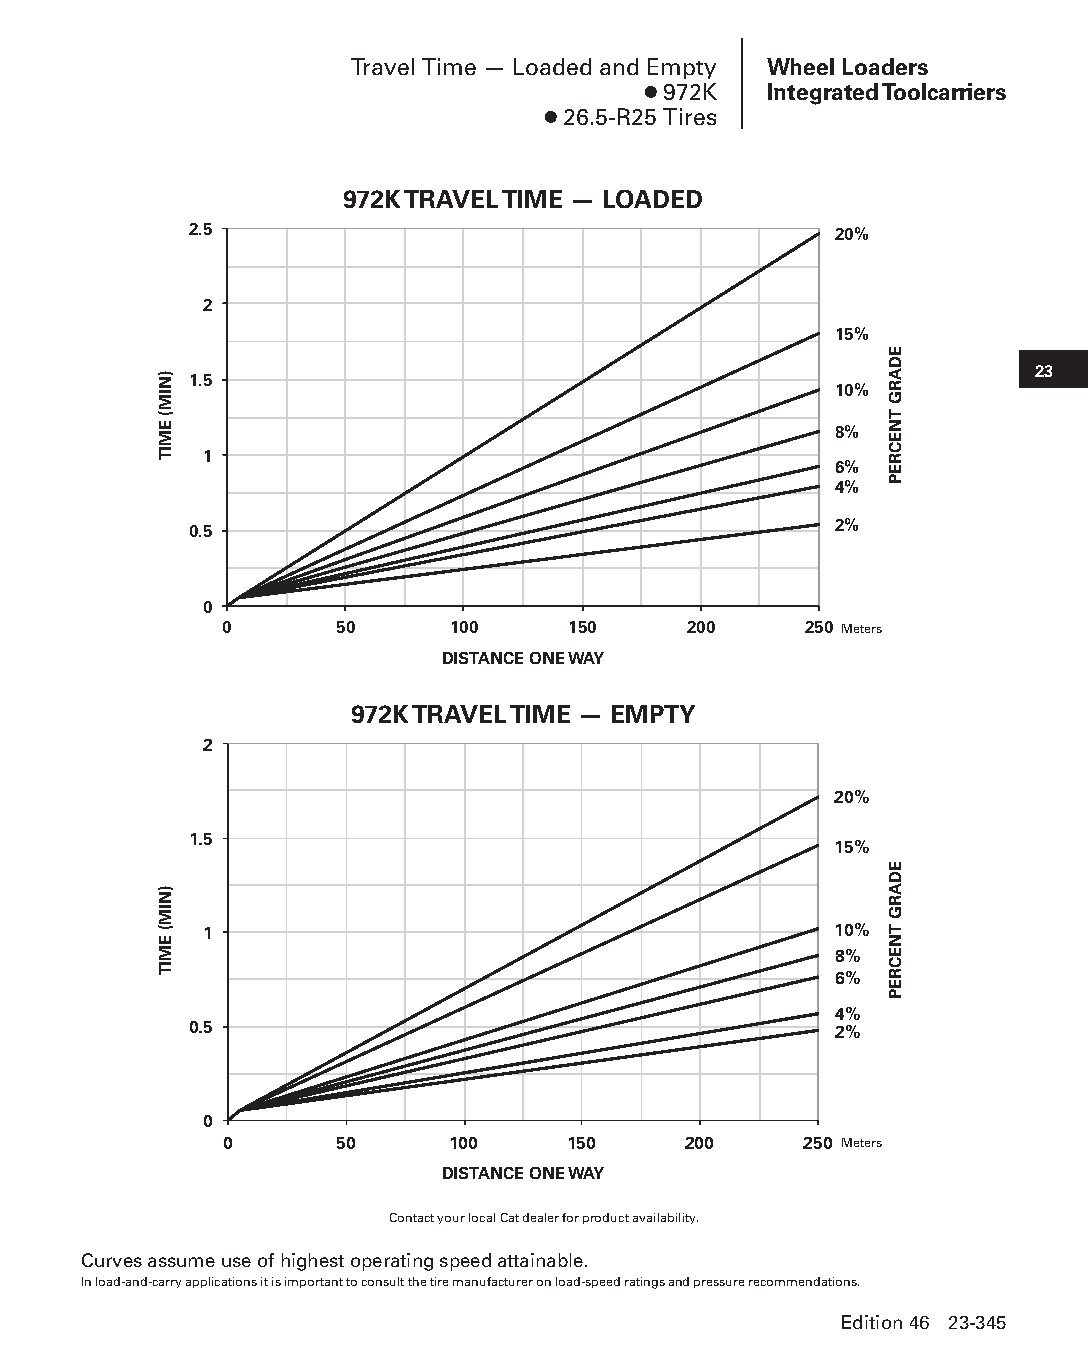
Travel Time — Loaded and Empty Wheel Loaders
 ● 972K  Integrated Toolcarriers
 ● 26.5-R25 Tires
 972K TRAVEL TIME — LOADED
 2.5                                        20%
 2
 15%
 23
 1.5
 10%
 8%
 1
 6%
 4%
 0.5                                        2%
 0
 0       50     100     150     200     250 Meters
 DISTANCE ONE WAY
 972K TRAVEL TIME — EMPTY
 2
 20%
 1.5
 15%
 1                                         10%
 8%
 6%
 4%
 0.5                                        2%
 0
 0       50     100     150     200     250 Meters
 DISTANCE ONE WAY
 Contact your local Cat dealer for product availability.
 Curves assume use of highest operating speed attainable.
 In load-and-carry applications it is important to consult the tire manufacturer on load-speed ratings and pressure recommendations.
 Edition 46 23-345
 PPHHBB--SSeecc2233((ppgg332255--338800))..iinndddd 334455      1122//44//1155 1111::1133 AAMM
 )NIM(
 EMIT
 )NIM(
 EMIT
 EDARG
 TNECREP
 EDARG
 TNECREP